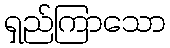
ရှည်ကြာသော